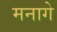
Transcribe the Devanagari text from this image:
मनागे